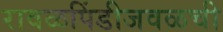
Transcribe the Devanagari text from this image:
रावळपिंडीजवळची